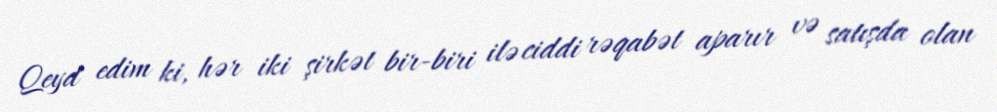
Qeyd edim ki, hər iki şirkət bir-biri ilə ciddi rəqabət aparır və satışda olan